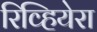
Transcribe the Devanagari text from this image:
रिव्हियेरा